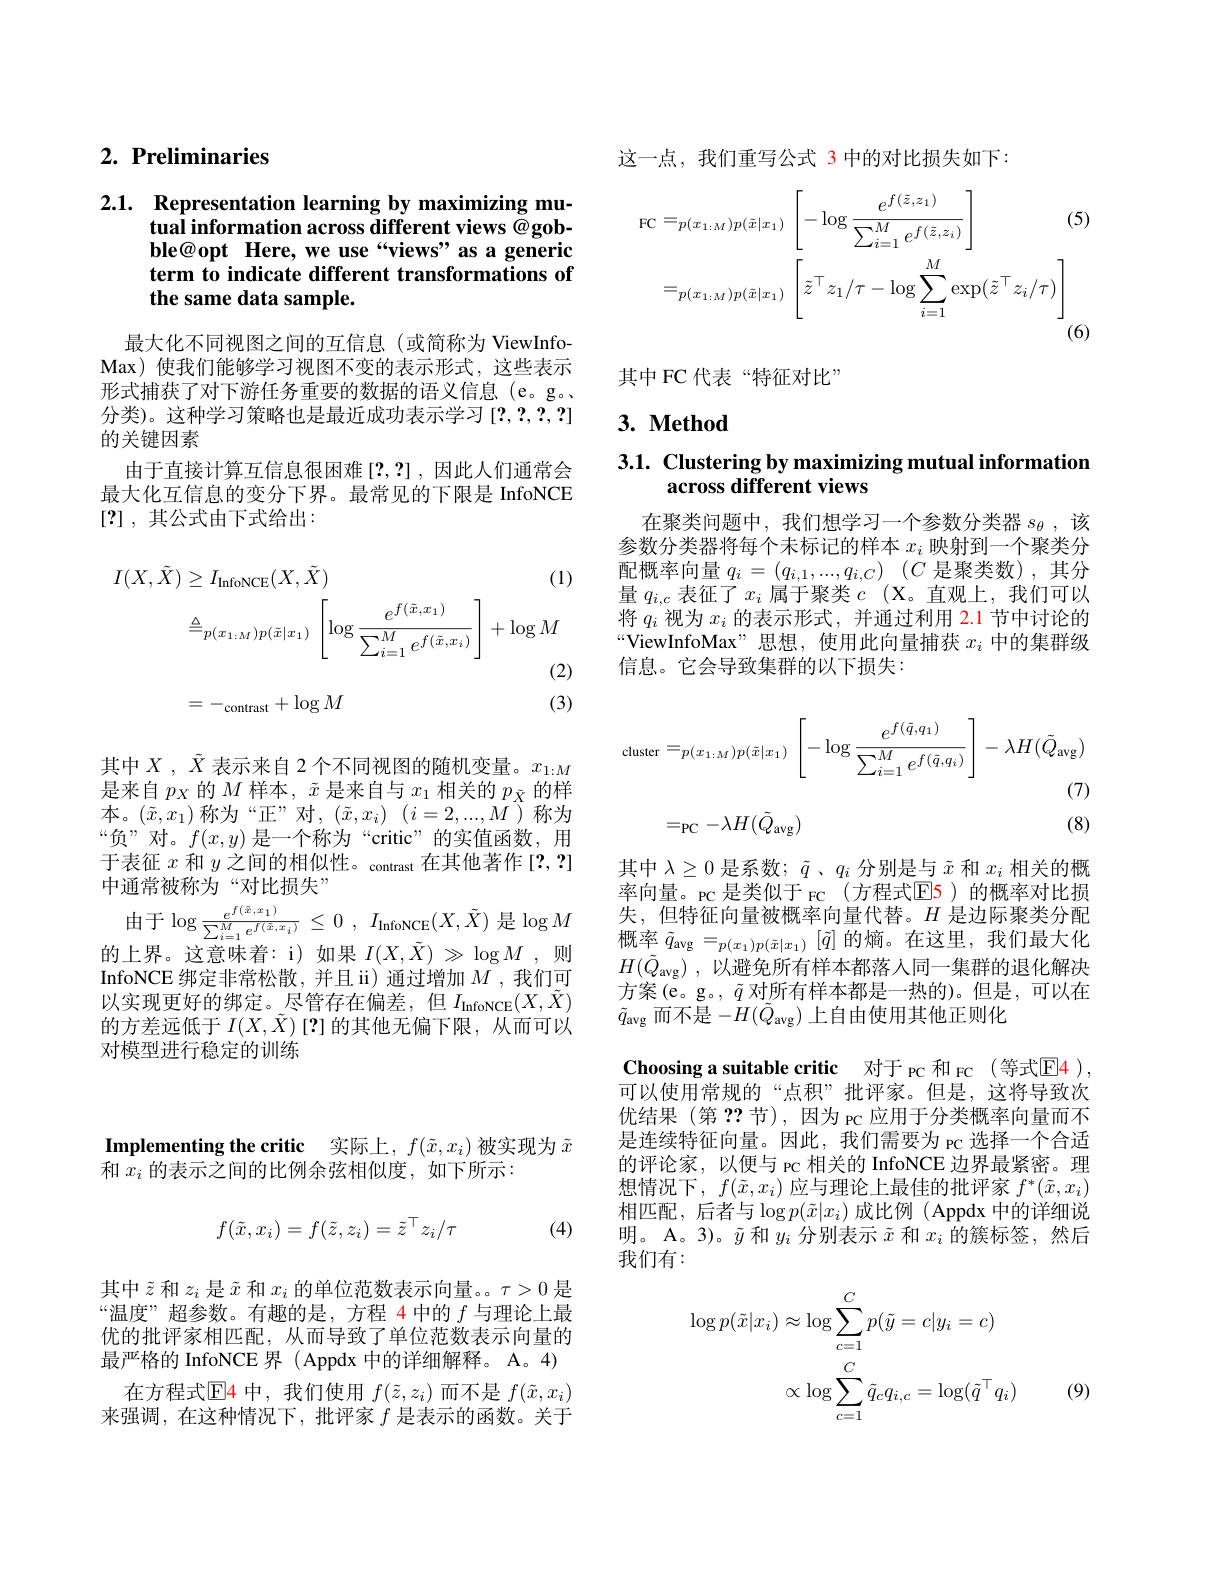
## $2. \textbf{ Preliminaries}$

## 2.1. Representation learning by maximizing mutual information across different views @gobble@opt Here, we use“views” as a generic term to indicate different transformations of the same data sample.

最大化不同视图之间的互信息(或简称为 ViewInfoMax) 使我们能够学习视图不变的表示形式，这些表示形式捕获了对下游任务重要的数据的语义信息(e。g。分类)。这种学习策略也是最近成功表示学习[2,2,2,2] 的关键因素
由于直接计算互信息很困难[?,?],因此人们通常会最大化互信息的变分下界。最常见的下限是 InfoNCE [?] , 其公式由下式给出：
$$\begin{aligned}I(X,\tilde{X})&\geq I_{\mathrm{InfoNCE}}(X,\tilde{X})&\text{(1)}\\&\triangleq_{p(x_{1:M})p(\tilde{x}|x_{1})}\:\left[\log\frac{e^{f(\tilde{x},x_{1})}}{\sum_{i=1}^{M}e^{f(\tilde{x},x_{i})}}\right]+\log M\end{aligned}$$
(3)

$=-_{\mathrm{contrast}}+\log M$

其中$X,\tilde{X}$ 表示来自 2个不同视图的随机变量。$x_{1:M}$ 是来自$p_X$的$M$样本，$\tilde{x}$是来自与$x_1$相关的$p_\tilde{X}$的样本。$(\tilde{x},x_{1})$ 称为“正”对$, ( \tilde{x} , x_{i})$ $( i= 2, . . . , \tilde{M} )$ 称为“负”对。$f(x,y)$是一个称为“critic”的实值函数，用于表征$x$和$y\text{之间的相似性。}_\text{contrast}{\text{在其他著作 }[2,2]}$ 中通常被称为“对比损失”

由于$\log\frac{e^{f(\tilde{x},x_{1})}}{\sum_{i=1}^{M}e^{f(\tilde{x},x_{i})}}\leq0,I_{\mathrm{InfoNCE}}(X,\tilde{X})$ 是$\log M$ 的上界。这意味着：i)如果 $I(X,\tilde{X})\gg\log M$,则InfoNCE 绑定非常松散，并且 ii) 通过增加$M$ ,我们可以实现更好的绑定。尽管存在偏差，但$I_\mathrm{InfoNCE}(X,\tilde{X})$ 的方差远低于$I(X,\tilde{X})[?]$的其他无偏下限，从而可以对模型进行稳定的训练

这一点，我们重写公式 3 中的对比损失如下：
$$\begin{aligned}\mathrm{FC}=&p(x_{1:M})p(\tilde{x}|x_{1})\:\left[-\log\frac{e^{f(\tilde{z},z_{1})}}{\sum_{i=1}^{M}e^{f(\tilde{z},z_{i})}}\right]&\text{(5}\\=&p(x_{1:M})p(\tilde{x}|x_{1})\:\left[\tilde{z}^{\top}z_{1}/\tau-\log\sum_{i=1}^{M}\exp(\tilde{z}^{\top}z_{i}/\tau)\right]\end{aligned}$$
其中 FC 代表“特征对比”

## 3. Method

## $3. 1. \textbf{ Clustering by maximizing mutual information}$ across different views

在聚类问题中，我们想学习一个参数分类器$s_\theta$,该参数分类器将每个未标记的样本$x_i$映射到一个聚类分配概率向量$q_i= ( q_{i, 1}, . . . , q_{i, C})$ $( C$是聚类数),其分量$q_{i,c}$表征了$x_i$属于聚类$c$ (X。直观上，我们可以将$q_i$视为$x_i$的表示形式，并通过利用 2.1 节中讨论的$“$ViewInfoMax”思想，使用此向量捕获$x_i$中的集群级信息。它会导致集群的以下损失：
$$\begin{aligned}\mathrm{cluster}=&p(x_{1:M})p(\tilde{x}|x_{1})\:\left[-\log\frac{e^{f(\tilde{q},q_{1})}}{\sum_{i=1}^{M}e^{f(\tilde{q},q_{i})}}\right]-\lambda H(\tilde{Q}_{\mathrm{avg}})\\=&_{\mathrm{PC}}-\lambda H(\tilde{Q}_{\mathrm{avg}})&\text{(7)}\\&\text{(8)}\end{aligned}$$
其中$\lambda\geq0$是系数；$\tilde{q}$ 、$q_i$分别是与$\tilde{x}$和$x_i$相关的概率向量。PC 是类似于 FC(方程式$\mathbb{E}$5)的概率对比损失，但特征向量被概率向量代替。$H$是边际聚类分配概率$\tilde{q}_\mathrm{avg}=_{p(x_1)p(\tilde{x}|x_1)}[\tilde{q}]$的熵。在这里，我们最大化$H(\tilde{Q}_{\mathrm{avg}})$,以避免所有样本都落人同一集群的退化解决方案(e。g。, $\tilde{q}$对所有样本都是一热的)。但是，可以在$\tilde{q}_\mathrm{avg}$而不是$-H(\tilde{Q}_\mathrm{avg})$上自由使用其他正则化

Choosing a suitable critic 对于 pc 和 FC (等式E4 ), 可以使用常规的“点积”批评家。但是，这将导致次优结果 (第？?节),因为 PC 应用于分类概率向量而不是连续特征向量。因此，我们需要为 pc 选择一个合适的评论家，以便与 pc 相关的 InfoNCE 边界最紧密。理想情况下，$f(\tilde{x},x_i)$应与理论上最佳的批评家 $f^*(\tilde{x},x_i)$ 相匹配，后者与$\log p(\tilde{x}|x_i)$成比例(Appdx中的详细说明。A。3)。$\tilde{y}$和$y_i$分别表示$\tilde{x}$和$x_i$的簇标签，然后我们有：
$$\log p(\tilde{x}|x_{i})\approx\log\sum_{c=1}^{C}p(\tilde{y}=c|y_{i}=c)\\\propto\log\sum_{c=1}^{C}\tilde{q}_{c}q_{i,c}=\log(\tilde{q}^{\top}q_{i})$$
$l_i)$ (9)

Implementing the critic 实际上，$f(\tilde{x},x_i)$被实现为$\tilde{x}$
和$x_i$的表示之间的比例余弦相似度，如下所示：

(4)
$$f(\tilde{x},x_i)=f(\tilde{z},z_i)=\tilde{z}^\top z_i/\tau $$
其中$\tilde{z}$和$z_i$是$\tilde{x}$和$x_i$的单位范数表示向量。$\tau>0$是“温度””超参数。有趣的是，方程 4 中的$f$与理论上最优的批评家相匹配，从而导致了单位范数表示向量的最严格的 InfoNCE 界 ( Appdx 中的详细解释。A。4)
在方程式$\operatorname{E}$4 中，我们使用$f(\tilde{z},z_i)$而不是$f(\tilde{x},x_i)$ 来强调，在这种情况下，批评家$f$是表示的函数。关于